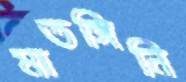
মাতঙ্গিনি